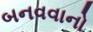
બનવવાનો